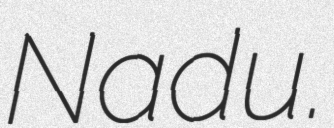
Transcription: Nadu.